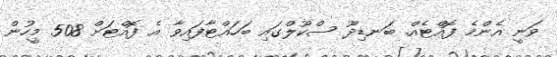
ވަނީ އެންމެ ފޮއްޓެއް. ބަނޑިދޫ ސްކޫލްގައި ބަހައްޓާފައިވާ އެ ފޮއްޓަށް 508 މީހުން